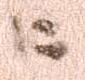
に